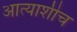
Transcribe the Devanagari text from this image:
आत्याशीच